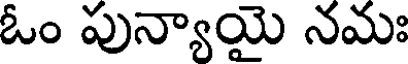
ఓం పున్యాయై నమః